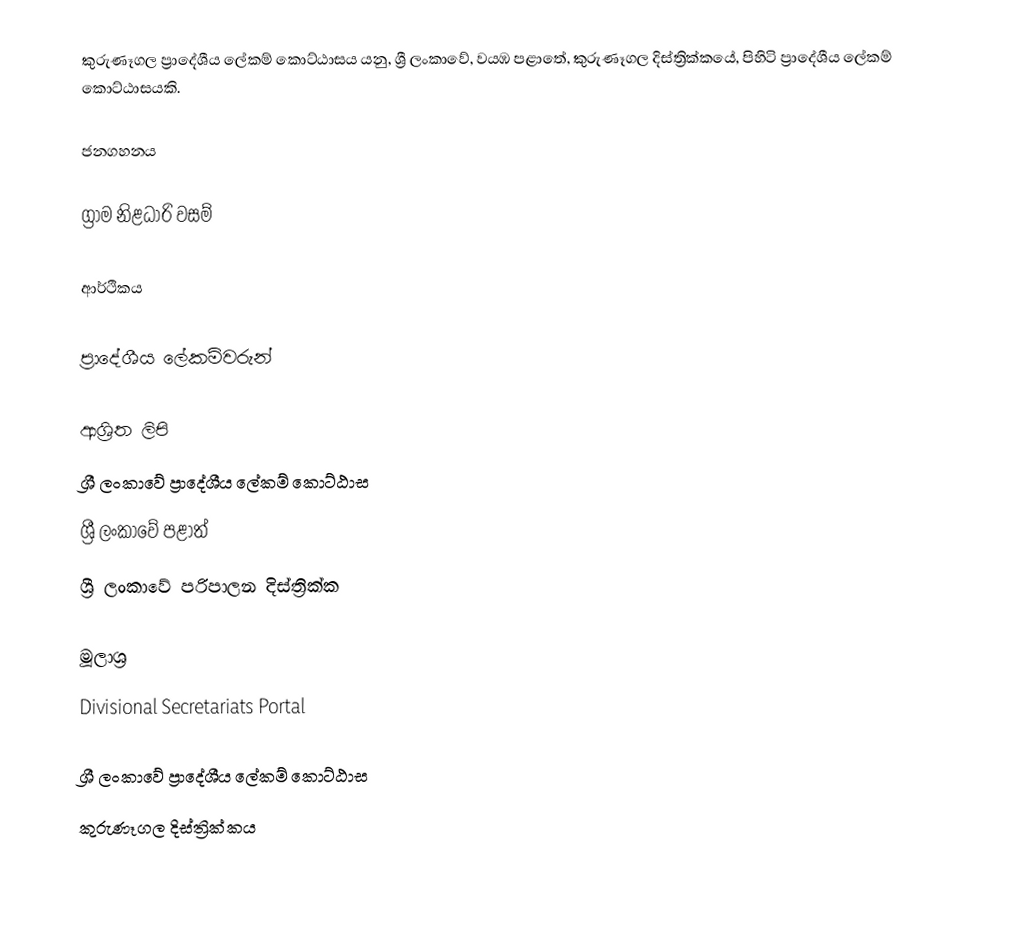
කුරුණෑගල ප්‍රාදේශීය ලේකම් කොට්ඨාසය යනු,  ශ්‍රී ලංකාවේ, වයඹ පළාතේ,   කුරුණෑගල දිස්ත්‍රික්කයේ, පිහිටි ප්‍රාදේශීය ලේකම් කොට්ඨාසයකි.

ජනගහනය

ග්‍රාම නිළධාරි වසම්

ආර්ථිකය

ප්‍රාදේශීය ලේකම්වරුන්

ආශ්‍රිත ලිපි
ශ්‍රී ලංකාවේ ප්‍රාදේශීය ලේකම් කොට්ඨාස
ශ්‍රී ලංකාවේ පළාත්
ශ්‍රී ලංකාවේ පරිපාලන දිස්ත්‍රික්ක

මූලාශ්‍ර
 Divisional Secretariats Portal

ශ්‍රී ලංකාවේ ප්‍රාදේශීය ලේකම් කොට්ඨාස
කුරුණෑගල දිස්ත්‍රික්කය